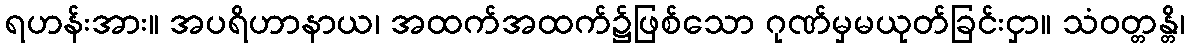
ရဟန်းအား။ အပရိဟာနာယ၊ အထက်အထက်၌ဖြစ်သော ဂုဏ်မှမယုတ်ခြင်းငှာ။ သံဝတ္တန္တိ၊